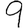
Digit: 9